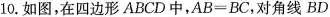
10.如图，在四边形ABCD中，$$A B = B C$$，对角线BD平